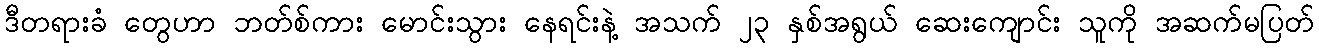
ဒီတရားခံ တွေဟာ ဘတ်စ်ကား မောင်းသွား နေရင်းနဲ့ အသက် ၂၃ နှစ်အရွယ် ဆေးကျောင်း သူကို အဆက်မပြတ်